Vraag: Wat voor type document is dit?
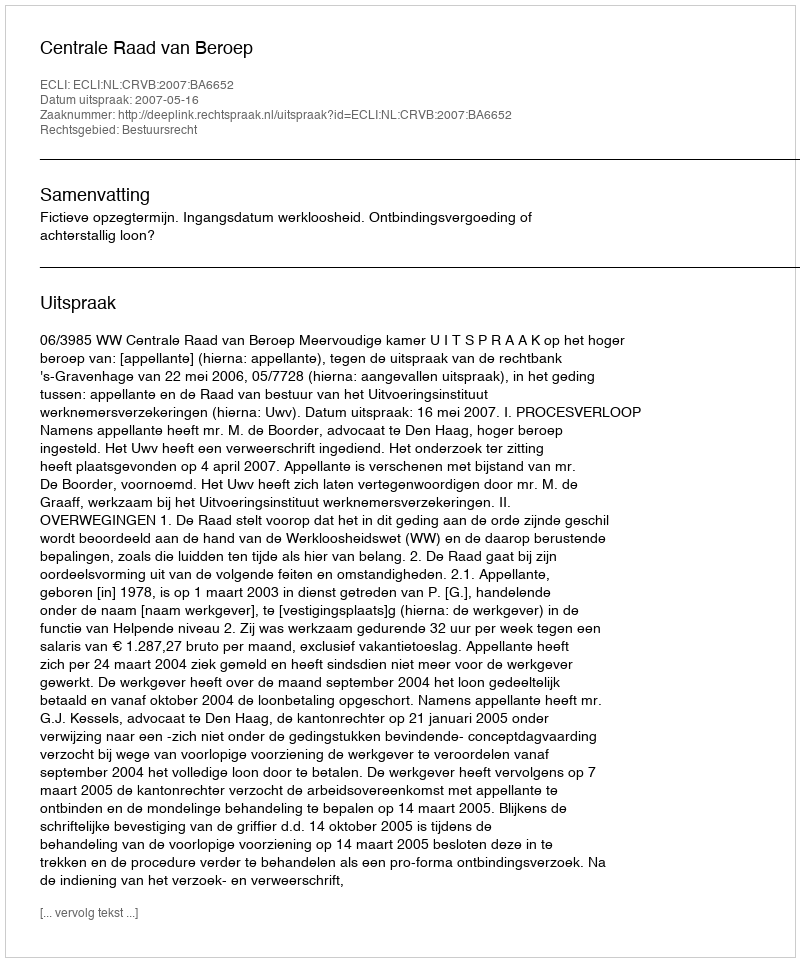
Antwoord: Uitspraak